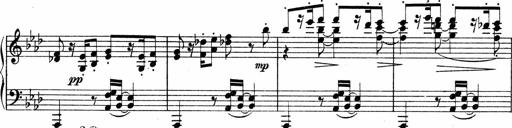
Title: Sonatina No.4
Composer: Abram Kimmell
Key: E minor